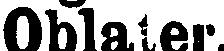
Oblater.